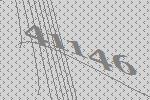
41146